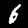
Digit: 6